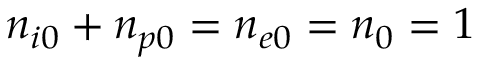
n _ { i 0 } + n _ { p 0 } = n _ { e 0 } = n _ { 0 } = 1